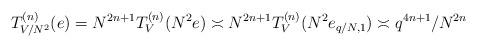
LaTeX: \begin{align*}T_{V/N^2}^{(n)}(e)=N^{2n+1}T_V^{(n)}(N^2e)\asymp N^{2n+1}T_V^{(n)}(N^2e_{q/N,1})\asymp q^{4n+1}/N^{2n} \end{align*}